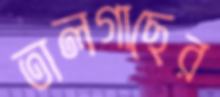
তালগাছের